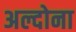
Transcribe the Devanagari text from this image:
अल्दोना